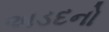
અડદનો